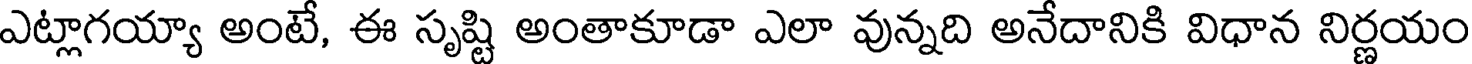
ఎట్లాగయ్యా అంటే, ఈ సృష్టి అంతాకూడా ఎలా వున్నది అనేదానికి విధాన నిర్ణయం